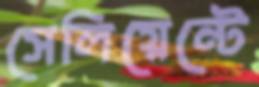
সেলিয়েন্টে